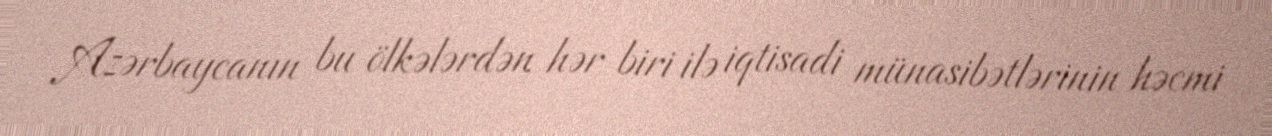
Azərbaycanın bu ölkələrdən hər biri ilə iqtisadi münasibətlərinin həcmi